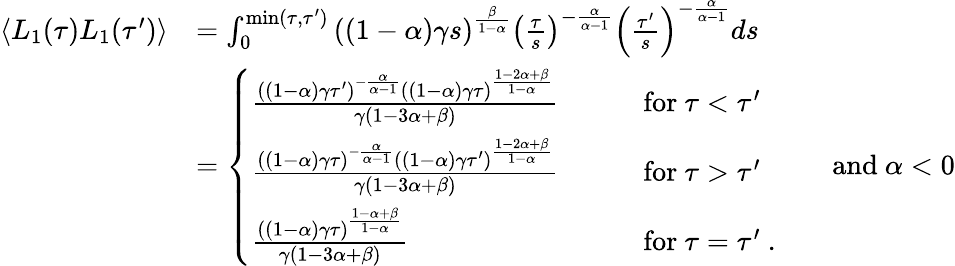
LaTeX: \begin{array}{rl}{\langle L_{1}(\tau)L_{1}(\tau^{\prime})\rangle}&{=\int_{0}^{\mathrm{min}(\tau,\tau^{\prime})}\left((1-\alpha)\gamma s\right)^{\frac{\beta}{1-\alpha}}\left(\frac{\tau}{s}\right)^{-\frac{\alpha}{\alpha-1}}\left(\frac{\tau^{\prime}}{s}\right)^{-\frac{\alpha}{\alpha-1}}ds}\\ &{=\left\{ \begin{array}{ll}{\frac{((1-\alpha)\gamma\tau^{\prime})^{-\frac{\alpha}{\alpha-1}}((1-\alpha)\gamma\tau)^{\frac{1-2\alpha+\beta}{1-\alpha}}}{\gamma\left(1-3\alpha+\beta\right)}}&{\qquad\mathrm{for}\ \tau<\tau^{\prime}}\\ {\frac{((1-\alpha)\gamma\tau)^{-\frac{\alpha}{\alpha-1}}((1-\alpha)\gamma\tau^{\prime})^{\frac{1-2\alpha+\beta}{1-\alpha}}}{\gamma\left(1-3\alpha+\beta\right)}}&{\qquad\mathrm{for}\ \tau>\tau^{\prime}}\\ {\frac{((1-\alpha)\gamma\tau)^{\frac{1-\alpha+\beta}{1-\alpha}}}{\gamma\left(1-3\alpha+\beta\right)}}&{\qquad\mathrm{for}\ \tau=\tau^{\prime}\ .}\end{array}\right.\qquad\mathrm{and}\ \alpha<0}\end{array}